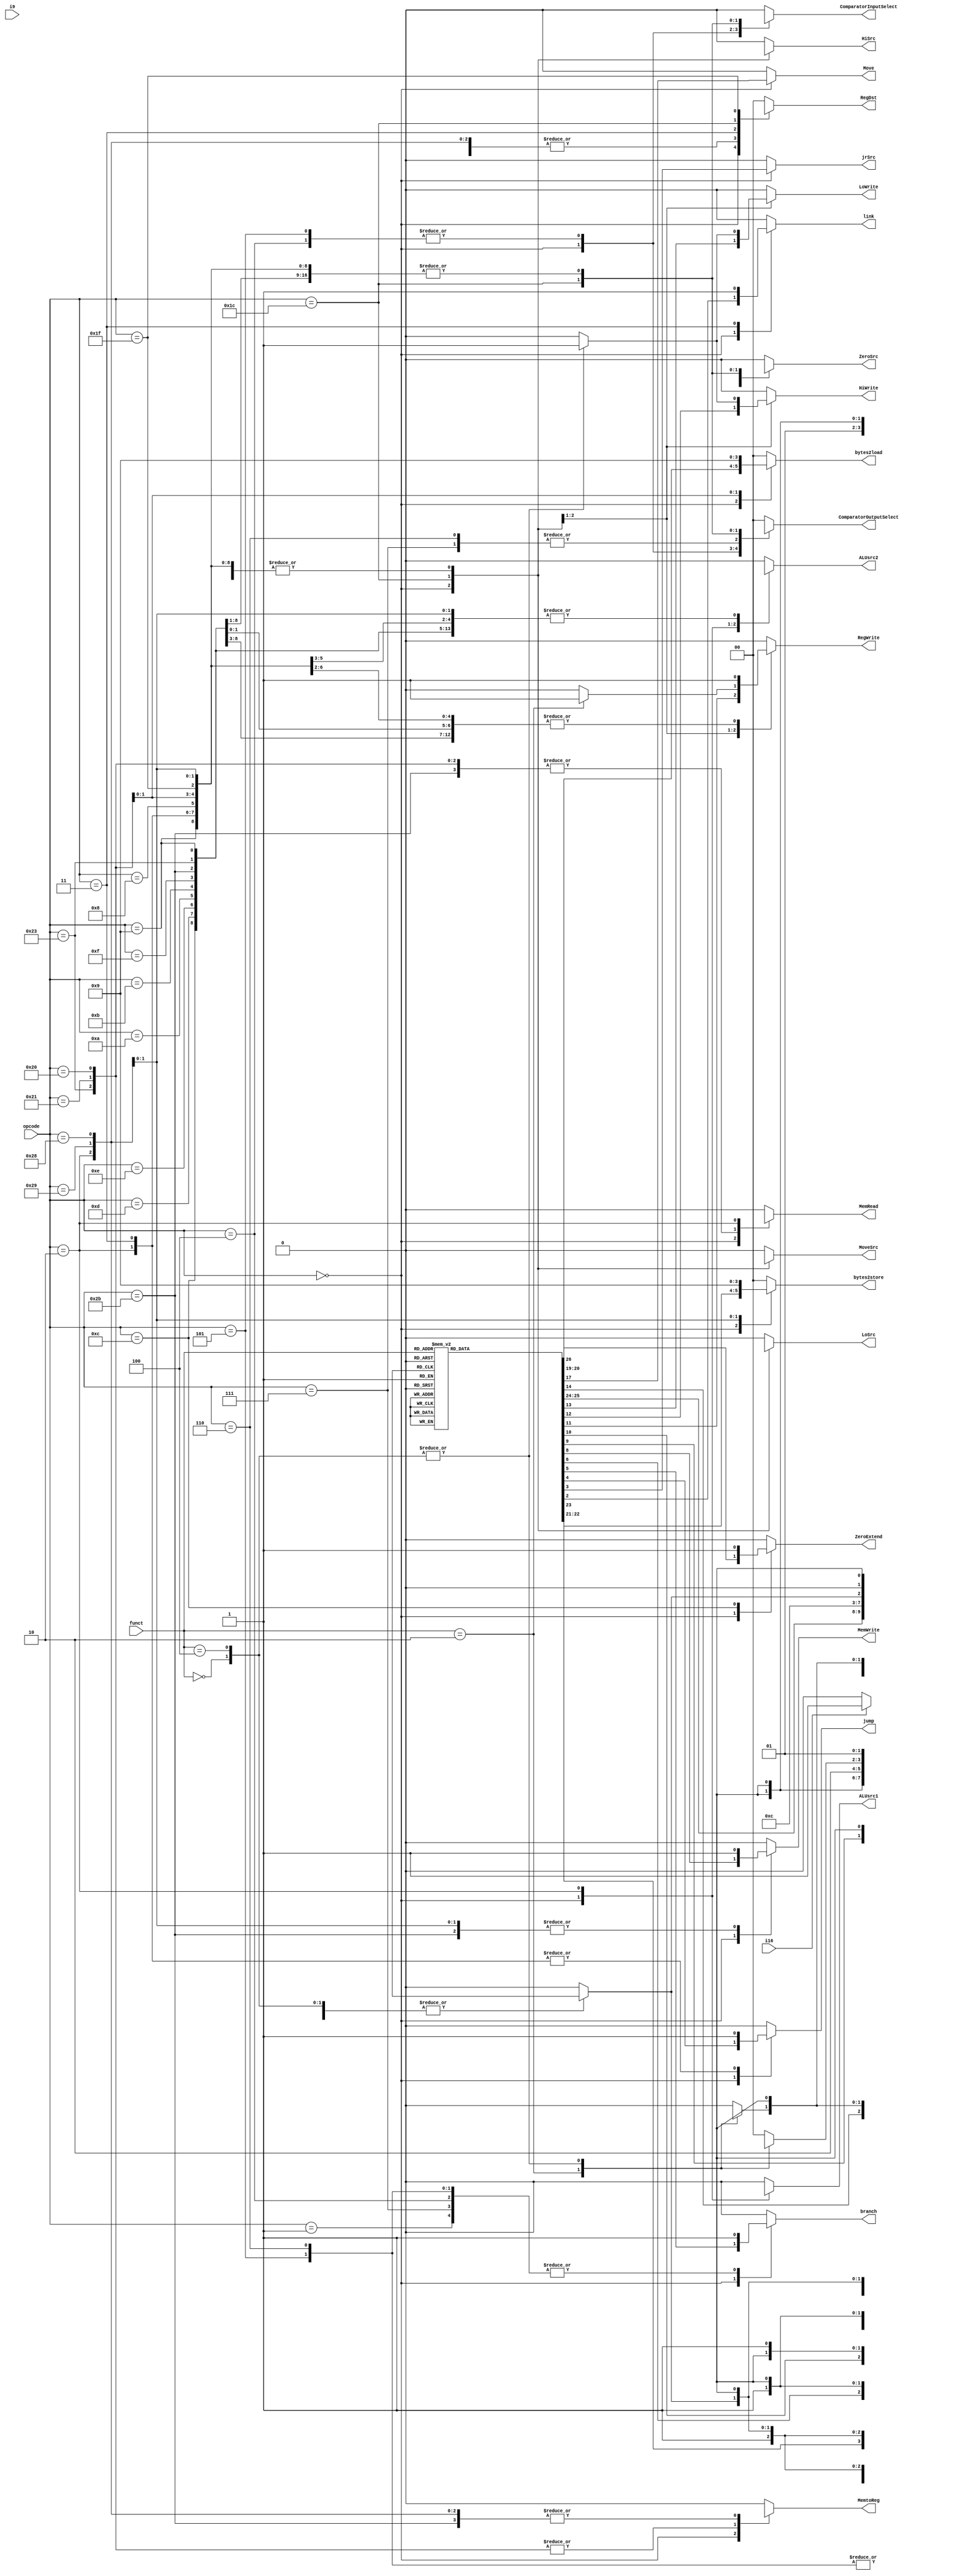
`timescale 1ns / 1ps
//////////////////////////////////////////////////////////////////////////////////
// Company: begin 
// 
// Design Name: begin 
// Module Name: begin Controller
// Project Name: begin 
// Target Devices: begin 
// Tool Versions: begin 
// Description: begin 
// 
// Dependencies: begin 
// 
// Revision: begin
// Revision 0.01 - File Created
// Additional Comments: begin
// 
//////////////////////////////////////////////////////////////////////////////////


module Controller(opcode, funct, i16,
RegDst,	link, jrSrc, 
jump, branch, MemRead, 
MemtoReg, MemWrite, ALUsrc1, 
ALUsrc2, RegWrite,	
HiWrite, LoWrite, HiSrc,
LoSrc,	ZeroSrc, Move,	
MoveSrc, bytes2load, bytes2store,
i9,
ComparatorInputSelect, ComparatorOutputSelect, //Added for phase 1
ZeroExtend //To choose between ZeroExtend and Signextend
);
    //Inputs
    input [5:0] opcode, funct;
    input i16;
    input i9;
    output reg link, jrSrc, 
    jump, branch, MemRead, 
    MemtoReg, MemWrite, ALUsrc1, 
    ALUsrc2, RegWrite,	
    HiWrite, LoWrite, HiSrc,
    LoSrc,	ZeroSrc, Move,	
    MoveSrc;
    output reg [1:0] RegDst, bytes2load, bytes2store;
    //Phase 1
    output reg ComparatorInputSelect;
    output reg [1:0] ComparatorOutputSelect;
    output reg ZeroExtend;
    
    always @(*)begin
    case (opcode)
        //R type instructions
        0: begin
        case (funct)
            
            6'd36: begin 
            RegDst <= 2'd1;	link <= 1'd0; jrSrc <= 1'b0; 
            jump <= 1'b0; branch <= 1'b0; MemRead <=1'b0; 
            MemtoReg<= 1'b0; MemWrite<= 1'b0; ALUsrc1 <= 1'b0; 
            ALUsrc2 <= 1'b0; RegWrite <=1'b1;	
            HiWrite <= 1'b0; LoWrite <= 1'b0; HiSrc <= 1'bX;
            LoSrc <= 1'bX;	ZeroSrc <= 1'bX; Move<= 1'b0;	
            MoveSrc<=1'bX; bytes2load <= 2'd0; bytes2store<= 2'd0;
            ComparatorInputSelect <= 1'bX; ComparatorOutputSelect <= 1'bX;
            ZeroExtend <= 0;
            end
        
            6'd37: begin 
            RegDst <= 2'd1;	link <= 1'd0; jrSrc <= 1'b0; 
            jump <= 1'b0; branch <= 1'b0; MemRead <=1'b0; 
            MemtoReg<= 1'b0; MemWrite<= 1'b0; ALUsrc1 <= 1'b0; 
            ALUsrc2 <= 1'b0; RegWrite <=1'b1;	
            HiWrite <= 1'b0; LoWrite <= 1'b0; HiSrc <= 1'bX;
            LoSrc <= 1'bX;	ZeroSrc <= 1'bX; Move<= 1'b0;	
            MoveSrc<=1'bX; bytes2load <= 2'd0; bytes2store<= 2'd0;
            ComparatorInputSelect <= 1'bX; ComparatorOutputSelect <= 1'bX;
            ZeroExtend <= 0;
            end
        
            6'd39: begin 
            RegDst <= 2'd1;	link <= 1'd0; jrSrc <= 1'b0; 
            jump <= 1'b0; branch <= 1'b0; MemRead <=1'b0; 
            MemtoReg<= 1'b0; MemWrite<= 1'b0; ALUsrc1 <= 1'b0; 
            ALUsrc2 <= 1'b0; RegWrite <=1'b1;	
            HiWrite <= 1'b0; LoWrite <= 1'b0; HiSrc <= 1'bX;
            LoSrc <= 1'bX;	ZeroSrc <= 1'bX; Move<= 1'b0;	
            MoveSrc<=1'bX; bytes2load <= 2'd0; bytes2store<= 2'd0;
            ComparatorInputSelect <= 1'bX; ComparatorOutputSelect <= 1'bX;
            ZeroExtend <= 0;
            end
        
            6'd38: begin 
            RegDst <= 2'd1;	link <= 1'd0; jrSrc <= 1'b0; 
            jump <= 1'b0; branch <= 1'b0; MemRead <=1'b0; 
            MemtoReg<= 1'b0; MemWrite<= 1'b0; ALUsrc1 <= 1'b0; 
            ALUsrc2 <= 1'b0; RegWrite <=1'b1;	
            HiWrite <= 1'b0; LoWrite <= 1'b0; HiSrc <= 1'bX;
            LoSrc <= 1'bX;	ZeroSrc <= 1'bX; Move<= 1'b0;	
            MoveSrc<=1'bX; bytes2load <= 2'd0; bytes2store<= 2'd0;
            ComparatorInputSelect <= 1'bX; ComparatorOutputSelect <= 1'bX;
            ZeroExtend <= 0;
            end
        
            6'd0: begin 
            RegDst <= 2'd1;	link <= 1'd0; jrSrc <= 1'b0; 
            jump <= 1'b0; branch <= 1'b0; MemRead <=1'b0; 
            MemtoReg<= 1'b0; MemWrite<= 1'b0; ALUsrc1 <= 1'b1; 
            ALUsrc2 <= 1'b0; RegWrite <=1'b1;	
            HiWrite <= 1'b0; LoWrite <= 1'b0; HiSrc <= 1'bX;
            LoSrc <= 1'bX;	ZeroSrc <= 1'bX; Move<= 1'b0;	
            MoveSrc<=1'bX; bytes2load <= 2'd0; bytes2store<= 2'd0;
            ComparatorInputSelect <= 1'bX; ComparatorOutputSelect <= 1'bX;
            ZeroExtend <= 0;
            end
        
            6'd2: begin 
            RegDst <= 2'd1;	link <= 1'd0; jrSrc <= 1'b0; 
            jump <= 1'b0; branch <= 1'b0; MemRead <=1'b0; 
            MemtoReg<= 1'b0; MemWrite<= 1'b0; ALUsrc1 <= 1'b1; 
            ALUsrc2 <= 1'b0; RegWrite <=1'b1;	
            HiWrite <= 1'b0; LoWrite <= 1'b0; HiSrc <= 1'bX;
            LoSrc <= 1'bX;	ZeroSrc <= 1'bX; Move<= 1'b0;	
            MoveSrc<=1'bX; bytes2load <= 2'd0; bytes2store<= 2'd0;
            ComparatorInputSelect <= 1'bX; ComparatorOutputSelect <= 1'bX;
            ZeroExtend <= 0;
            end
        
            6'd4: begin 
            RegDst <= 2'd1;	link <= 1'd0; jrSrc <= 1'b0; 
            jump <= 1'b0; branch <= 1'b0; MemRead <=1'b0; 
            MemtoReg<= 1'b0; MemWrite<= 1'b0; ALUsrc1 <= 1'b0; 
            ALUsrc2 <= 1'b0; RegWrite <=1'b1;	
            HiWrite <= 1'b0; LoWrite <= 1'b0; HiSrc <= 1'bX;
            LoSrc <= 1'bX;	ZeroSrc <= 1'bX; Move<= 1'b0;	
            MoveSrc<=1'bX; bytes2load <= 2'd0; bytes2store<= 2'd0;
            ComparatorInputSelect <= 1'bX; ComparatorOutputSelect <= 1'bX;
            ZeroExtend <= 0;
            end
        
            6'd6: begin 
            RegDst <= 2'd1;	link <= 1'd0; jrSrc <= 1'b0; 
            jump <= 1'b0; branch <= 1'b0; MemRead <=1'b0; 
            MemtoReg<= 1'b0; MemWrite<= 1'b0; ALUsrc1 <= 1'b0; 
            ALUsrc2 <= 1'b0; RegWrite <=1'b1;	
            HiWrite <= 1'b0; LoWrite <= 1'b0; HiSrc <= 1'bX;
            LoSrc <= 1'bX;	ZeroSrc <= 1'bX; Move<= 1'b0;	
            MoveSrc<=1'bX; bytes2load <= 2'd0; bytes2store<= 2'd0;
            ComparatorInputSelect <= 1'bX; ComparatorOutputSelect <= 1'bX;
            ZeroExtend <= 0;
            end
        
            6'd42: begin 
            RegDst <= 2'd1;	link <= 1'd0; jrSrc <= 1'b0; 
            jump <= 1'b0; branch <= 1'b0; MemRead <=1'b0; 
            MemtoReg<= 1'b0; MemWrite<= 1'b0; ALUsrc1 <= 1'b0; 
            ALUsrc2 <= 1'b0; RegWrite <=1'b1;	
            HiWrite <= 1'b0; LoWrite <= 1'b0; HiSrc <= 1'bX;
            LoSrc <= 1'bX;	ZeroSrc <= 1'bX; Move<= 1'b0;	
            MoveSrc<=1'bX; bytes2load <= 2'd0; bytes2store<= 2'd0;
            ComparatorInputSelect <= 1'bX; ComparatorOutputSelect <= 1'bX;
            ZeroExtend <= 0;
            end
        
            6'd43: begin 
            RegDst <= 2'd1;	link <= 1'd0; jrSrc <= 1'b0; 
            jump <= 1'b0; branch <= 1'b0; MemRead <=1'b0; 
            MemtoReg<= 1'b0; MemWrite<= 1'b0; ALUsrc1 <= 1'b0; 
            ALUsrc2 <= 1'b0; RegWrite <=1'b1;	
            HiWrite <= 1'b0; LoWrite <= 1'b0; HiSrc <= 1'bX;
            LoSrc <= 1'bX;	ZeroSrc <= 1'bX; Move<= 1'b0;	
            MoveSrc<=1'bX; bytes2load <= 2'd0; bytes2store<= 2'd0;
            ComparatorInputSelect <= 1'bX; ComparatorOutputSelect <= 1'bX;
            ZeroExtend <= 0;
            end
        
            6'd3: begin 
            RegDst <= 2'd1;	link <= 1'd0; jrSrc <= 1'b0; 
            jump <= 1'b0; branch <= 1'b0; MemRead <=1'b0; 
            MemtoReg<= 1'b0; MemWrite<= 1'b0; ALUsrc1 <= 1'b1; 
            ALUsrc2 <= 1'b0; RegWrite <=1'b1;	
            HiWrite <= 1'b0; LoWrite <= 1'b0; HiSrc <= 1'bX;
            LoSrc <= 1'bX;	ZeroSrc <= 1'bX; Move<= 1'b0;	
            MoveSrc<=1'bX; bytes2load <= 2'd0; bytes2store<= 2'd0;
            ComparatorInputSelect <= 1'bX; ComparatorOutputSelect <= 1'bX;
            ZeroExtend <= 0;
            end
        
            6'd7: begin 
            RegDst <= 2'd1;	link <= 1'd0; jrSrc <= 1'b0; 
            jump <= 1'b0; branch <= 1'b0; MemRead <=1'b0; 
            MemtoReg<= 1'b0; MemWrite<= 1'b0; ALUsrc1 <= 1'b0; 
            ALUsrc2 <= 1'b0; RegWrite <=1'b1;	
            HiWrite <= 1'b0; LoWrite <= 1'b0; HiSrc <= 1'bX;
            LoSrc <= 1'bX;	ZeroSrc <= 1'bX; Move<= 1'b0;	
            MoveSrc<=1'bX; bytes2load <= 2'd0; bytes2store<= 2'd0;
            ComparatorInputSelect <= 1'bX; ComparatorOutputSelect <= 1'bX;
            ZeroExtend <= 0;
            end
        
            6'd32: begin 
            RegDst <= 2'd1;	link <= 1'd0; jrSrc <= 1'b0; 
            jump <= 1'b0; branch <= 1'b0; MemRead <=1'b0; 
            MemtoReg<= 1'b0; MemWrite<= 1'b0; ALUsrc1 <= 1'b0; 
            ALUsrc2 <= 1'b0; RegWrite <=1'b1;	
            HiWrite <= 1'b0; LoWrite <= 1'b0; HiSrc <= 1'bX;
            LoSrc <= 1'bX;	ZeroSrc <= 1'bX; Move<= 1'b0;	
            MoveSrc<=1'bX; bytes2load <= 2'd0; bytes2store<= 2'd0;
            ComparatorInputSelect <= 1'bX; ComparatorOutputSelect <= 1'bX;
            ZeroExtend <= 0;
            end
        
            6'd33: begin 
            RegDst <= 2'd1;	link <= 1'd0; jrSrc <= 1'b0; 
            jump <= 1'b0; branch <= 1'b0; MemRead <=1'b0; 
            MemtoReg<= 1'b0; MemWrite<= 1'b0; ALUsrc1 <= 1'b0; 
            ALUsrc2 <= 1'b0; RegWrite <=1'b1;	
            HiWrite <= 1'b0; LoWrite <= 1'b0; HiSrc <= 1'bX;
            LoSrc <= 1'bX;	ZeroSrc <= 1'bX; Move<= 1'b0;	
            MoveSrc<=1'bX; bytes2load <= 2'd0; bytes2store<= 2'd0;
            ComparatorInputSelect <= 1'bX; ComparatorOutputSelect <= 1'bX;
            ZeroExtend <= 0;
            end
        
            6'd34: begin 
            RegDst <= 2'd1;	link <= 1'd0; jrSrc <= 1'b0; 
            jump <= 1'b0; branch <= 1'b0; MemRead <=1'b0; 
            MemtoReg<= 1'b0; MemWrite<= 1'b0; ALUsrc1 <= 1'b0; 
            ALUsrc2 <= 1'b0; RegWrite <=1'b1;	
            HiWrite <= 1'b0; LoWrite <= 1'b0; HiSrc <= 1'bX;
            LoSrc <= 1'bX;	ZeroSrc <= 1'bX; Move<= 1'b0;	
            MoveSrc<=1'bX; bytes2load <= 2'd0; bytes2store<= 2'd0;
            ComparatorInputSelect <= 1'bX; ComparatorOutputSelect <= 1'bX;
            ZeroExtend <= 0;
            end
        
            6'd11: begin 
            RegDst <= 2'd1;	link <= 1'd0; jrSrc <= 1'b0; 
            jump <= 1'b0; branch <= 1'b0; MemRead <=1'b0; 
            MemtoReg<= 1'b0; MemWrite<= 1'b0; ALUsrc1 <= 1'b0; 
            ALUsrc2 <= 1'b0; RegWrite <=1'b0;	
            HiWrite <= 1'b0; LoWrite <= 1'b0; HiSrc <= 1'bX;
            LoSrc <= 1'bX;	ZeroSrc <= 1'bX; Move<= 1'b1;	
            MoveSrc<=1'b1; bytes2load <= 2'd0; bytes2store<= 2'd0;
            ComparatorInputSelect <= 1'bX; ComparatorOutputSelect <= 1'bX;
            ZeroExtend <= 0;
            end
        
            6'd17: begin 
            RegDst <= 2'dX;	link <= 1'd0; jrSrc <= 1'b0; 
            jump <= 1'b0; branch <= 1'b0; MemRead <=1'b0; 
            MemtoReg<= 1'b0; MemWrite<= 1'b0; ALUsrc1 <= 1'b0; 
            ALUsrc2 <= 1'b0; RegWrite <=1'b0;	
            HiWrite <= 1'b1; LoWrite <= 1'b0; HiSrc <= 1'b0;
            LoSrc <= 1'bX;	ZeroSrc <= 1'bX; Move<= 1'b0;	
            MoveSrc<=1'bX; bytes2load <= 2'd0; bytes2store<= 2'd0;
            ComparatorInputSelect <= 1'bX; ComparatorOutputSelect <= 1'bX;
            ZeroExtend <= 0;
            end
        
            6'd19: begin 
            RegDst <= 2'dX;	link <= 1'd0; jrSrc <= 1'b0; 
            jump <= 1'b0; branch <= 1'b0; MemRead <=1'b0; 
            MemtoReg<= 1'b0; MemWrite<= 1'b0; ALUsrc1 <= 1'b0; 
            ALUsrc2 <= 1'b0; RegWrite <=1'b0;	
            HiWrite <= 1'b0; LoWrite <= 1'b1; HiSrc <= 1'bX;
            LoSrc <= 1'b0;	ZeroSrc <= 1'bX; Move<= 1'b0;	
            MoveSrc<=1'bX; bytes2load <= 2'd0; bytes2store<= 2'd0;
            ComparatorInputSelect <= 1'bX; ComparatorOutputSelect <= 1'bX;
            ZeroExtend <= 0;
            end
        
            6'd16: begin 
            RegDst <= 2'd1;	link <= 1'd0; jrSrc <= 1'b0; 
            jump <= 1'b0; branch <= 1'b0; MemRead <=1'b0; 
            MemtoReg<= 1'b0; MemWrite<= 1'b0; ALUsrc1 <= 1'b0; 
            ALUsrc2 <= 1'b0; RegWrite <=1'b1;	
            HiWrite <= 1'b0; LoWrite <= 1'b0; HiSrc <= 1'bX;
            LoSrc <= 1'bX;	ZeroSrc <= 1'bX; Move<= 1'b0;	
            MoveSrc<=1'bX; bytes2load <= 2'd0; bytes2store<= 2'd0;
            ComparatorInputSelect <= 1'bX; ComparatorOutputSelect <= 1'bX;
            ZeroExtend <= 0;
            end
        
            6'd18: begin 
            RegDst <= 2'd1;	link <= 1'd0; jrSrc <= 1'b0; 
            jump <= 1'b0; branch <= 1'b0; MemRead <=1'b0; 
            MemtoReg<= 1'b0; MemWrite<= 1'b0; ALUsrc1 <= 1'b0; 
            ALUsrc2 <= 1'b0; RegWrite <=1'b1;	
            HiWrite <= 1'b0; LoWrite <= 1'b0; HiSrc <= 1'bX;
            LoSrc <= 1'bX;	ZeroSrc <= 1'bX; Move<= 1'b0;	
            MoveSrc<=1'bX; bytes2load <= 2'd0; bytes2store<= 2'd0;
            ComparatorInputSelect <= 1'bX; ComparatorOutputSelect <= 1'bX;
            ZeroExtend <= 0;
            end
        
            6'd10: begin 
            RegDst <= 2'd1;	link <= 1'd0; jrSrc <= 1'b0; 
            jump <= 1'b0; branch <= 1'b0; MemRead <=1'b0; 
            MemtoReg<= 1'b0; MemWrite<= 1'b0; ALUsrc1 <= 1'b0; 
            ALUsrc2 <= 1'b0; RegWrite <=1'b0;	
            HiWrite <= 1'b0; LoWrite <= 1'b0; HiSrc <= 1'bX;
            LoSrc <= 1'bX;	ZeroSrc <= 1'bX; Move<= 1'b1;	
            MoveSrc<=1'b0; bytes2load <= 2'd0; bytes2store<= 2'd0;
            ComparatorInputSelect <= 1'bX; ComparatorOutputSelect <= 1'bX;
            ZeroExtend <= 0;
            end
        
            6'd24: begin 
            RegDst <= 2'dX;	link <= 1'd0; jrSrc <= 1'b0; 
            jump <= 1'b0; branch <= 1'b0; MemRead <=1'b0; 
            MemtoReg<= 1'b0; MemWrite<= 1'b0; ALUsrc1 <= 1'b0; 
            ALUsrc2 <= 1'b0; RegWrite <=1'b0;	
            HiWrite <= 1'b1; LoWrite <= 1'b1; HiSrc <= 1'b1;
            LoSrc <= 1'b1;	ZeroSrc <= 1'bX; Move<= 1'b0;	
            MoveSrc<=1'bX; bytes2load <= 2'd0; bytes2store<= 2'd0;
            ComparatorInputSelect <= 1'bX; ComparatorOutputSelect <= 1'bX;
            ZeroExtend <= 0;
            end
        
            6'd25: begin 
            RegDst <= 2'dX;	link <= 1'd0; jrSrc <= 1'b0; 
            jump <= 1'b0; branch <= 1'b0; MemRead <=1'b0; 
            MemtoReg<= 1'b0; MemWrite<= 1'b0; ALUsrc1 <= 1'b0; 
            ALUsrc2 <= 1'b0; RegWrite <=1'b0;	
            HiWrite <= 1'b1; LoWrite <= 1'b1; HiSrc <= 1'b1;
            LoSrc <= 1'b1;	ZeroSrc <= 1'bX; Move<= 1'b0;	
            MoveSrc<=1'bX; bytes2load <= 2'd0; bytes2store<= 2'd0;
            ComparatorInputSelect <= 1'bX; ComparatorOutputSelect <= 1'bX;
            ZeroExtend <= 0;
            end
        
            6'd8: begin 
            RegDst <= 2'dX;	link <= 1'd0; jrSrc <= 1'b1; 
            jump <= 1'b0; branch <= 1'b0; MemRead <=1'b0; 
            MemtoReg<= 1'b0; MemWrite<= 1'b0; ALUsrc1 <= 1'b0; 
            ALUsrc2 <= 1'b0; RegWrite <=1'b0;	
            HiWrite <= 1'b0; LoWrite <= 1'b0; HiSrc <= 1'bX;
            LoSrc <= 1'bX;	ZeroSrc <= 1'bX; Move<= 1'b0;	
            MoveSrc<=1'bX; bytes2load <= 2'd0; bytes2store<= 2'd0;
            ComparatorInputSelect <= 1'bX; ComparatorOutputSelect <= 1'bX;
            ZeroExtend <= 0;
            end
        
            6'd6: begin 
            RegDst <= 2'd1;	link <= 1'd0; jrSrc <= 1'b0; 
            jump <= 1'b0; branch <= 1'b0; MemRead <=1'b0; 
            MemtoReg<= 1'b0; MemWrite<= 1'b0; ALUsrc1 <= 1'b0; 
            ALUsrc2 <= 1'b0; RegWrite <=1'b1;	
            HiWrite <= 1'b0; LoWrite <= 1'b0; HiSrc <= 1'bX;
            LoSrc <= 1'bX;	ZeroSrc <= 1'bX; Move<= 1'b0;	
            MoveSrc<=1'bX; bytes2load <= 2'd0; bytes2store<= 2'd0;
            ComparatorInputSelect <= 1'bX; ComparatorOutputSelect <= 1'bX;
            ZeroExtend <= 0;
            end
        
            6'd2: begin 
            RegDst <= 2'd1;	link <= 1'd0; jrSrc <= 1'b0; 
            jump <= 1'b0; branch <= 1'b0; MemRead <=1'b0; 
            MemtoReg<= 1'b0; MemWrite<= 1'b0; ALUsrc1 <= 1'b1; 
            ALUsrc2 <= 1'b0; RegWrite <=1'b1;	
            HiWrite <= 1'b0; LoWrite <= 1'b0; HiSrc <= 1'bx;
            LoSrc <= 1'bX;	ZeroSrc <= 1'bX; Move<= 1'b0;	
            MoveSrc<=1'bX; bytes2load <= 2'd0; bytes2store<= 2'd0;
            ComparatorInputSelect <= 1'bX; ComparatorOutputSelect <= 1'bX;
            ZeroExtend <= 0;
            end
            
            default: begin
            RegDst <= 2'd0;	link <= 1'd0; jrSrc <= 1'b0; 
            jump <= 1'b0; branch <= 1'b0; MemRead <=1'b0; 
            MemtoReg<= 1'b0; MemWrite<= 1'b0; ALUsrc1 <= 1'b0; 
            ALUsrc2 <= 1'b0; RegWrite <=1'b0;	
            HiWrite <= 1'b0; LoWrite <= 1'b0; HiSrc <= 1'b0;
            LoSrc <= 1'b0;	ZeroSrc <= 1'b0; Move<= 1'b0;	
            MoveSrc<=1'b0; bytes2load <= 2'd0; bytes2store<= 2'd0;
            ComparatorInputSelect <= 1'b0; ComparatorOutputSelect <= 1'b0;
            ZeroExtend <= 0;
            end
  
        endcase
        end
        
        //Most of I and J type instructions
        6'd12: begin 
        RegDst <= 2'd0;	link <= 1'd0; jrSrc <= 1'b0; 
        jump <= 1'b0; branch <= 1'b0; MemRead <=1'b0; 
        MemtoReg<= 1'b0; MemWrite<= 1'b0; ALUsrc1 <= 1'b0; 
        ALUsrc2 <= 1'b1; RegWrite <=1'b1;	
        HiWrite <= 1'b0; LoWrite <= 1'b0; HiSrc <= 1'bX;
        LoSrc <= 1'bX;	ZeroSrc <= 1'bX; Move<= 1'b0;	
        MoveSrc<=1'bX; bytes2load <= 2'd0; bytes2store<= 2'd0;
        ComparatorInputSelect <= 1'bX; ComparatorOutputSelect <= 1'bX;
        ZeroExtend <= 1;
        end
        
        6'd13: begin 
        RegDst <= 2'd0;	link <= 1'd0; jrSrc <= 1'b0; 
        jump <= 1'b0; branch <= 1'b0; MemRead <=1'b0; 
        MemtoReg<= 1'b0; MemWrite<= 1'b0; ALUsrc1 <= 1'b0; 
        ALUsrc2 <= 1'b1; RegWrite <=1'b1;	
        HiWrite <= 1'b0; LoWrite <= 1'b0; HiSrc <= 1'bX;
        LoSrc <= 1'bX;	ZeroSrc <= 1'bX; Move<= 1'b0;	
        MoveSrc<=1'bX; bytes2load <= 2'd0; bytes2store<= 2'd0;
        ComparatorInputSelect <= 1'bX; ComparatorOutputSelect <= 1'bX;
        ZeroExtend <= 0;
        end
        
        6'd14: begin 
        RegDst <= 2'd0;	link <= 1'd0; jrSrc <= 1'b0; 
        jump <= 1'b0; branch <= 1'b0; MemRead <=1'b0; 
        MemtoReg<= 1'b0; MemWrite<= 1'b0; ALUsrc1 <= 1'b0; 
        ALUsrc2 <= 1'b1; RegWrite <=1'b1;	
        HiWrite <= 1'b0; LoWrite <= 1'b0; HiSrc <= 1'bX;
        LoSrc <= 1'bX;	ZeroSrc <= 1'bX; Move<= 1'b0;	
        MoveSrc<=1'bX; bytes2load <= 2'd0; bytes2store<= 2'd0;
        ComparatorInputSelect <= 1'bX; ComparatorOutputSelect <= 1'bX;
        ZeroExtend <= 0;
        end
        
        6'd10: begin 
        RegDst <= 2'd0;	link <= 1'd0; jrSrc <= 1'b0; 
        jump <= 1'b0; branch <= 1'b0; MemRead <=1'b0; 
        MemtoReg<= 1'b0; MemWrite<= 1'b0; ALUsrc1 <= 1'b0; 
        ALUsrc2 <= 1'b1; RegWrite <=1'b1;	
        HiWrite <= 1'b0; LoWrite <= 1'b0; HiSrc <= 1'bX;
        LoSrc <= 1'bX;	ZeroSrc <= 1'bX; Move<= 1'b0;	
        MoveSrc<=1'bX; bytes2load <= 2'd0; bytes2store<= 2'd0;
        ComparatorInputSelect <= 1'bX; ComparatorOutputSelect <= 1'bX;
        ZeroExtend <= 0;
        end
        
        6'd11: begin 
        RegDst <= 2'd0;	link <= 1'd0; jrSrc <= 1'b0; 
        jump <= 1'b0; branch <= 1'b0; MemRead <=1'b0; 
        MemtoReg<= 1'b0; MemWrite<= 1'b0; ALUsrc1 <= 1'b0; 
        ALUsrc2 <= 1'b1; RegWrite <=1'b1;	
        HiWrite <= 1'b0; LoWrite <= 1'b0; HiSrc <= 1'bX;
        LoSrc <= 1'bX;	ZeroSrc <= 1'bX; Move<= 1'b0;	
        MoveSrc<=1'bX; bytes2load <= 2'd0; bytes2store<= 2'd0;
        ComparatorInputSelect <= 1'bX; ComparatorOutputSelect <= 1'bX;
        ZeroExtend <= 0;
        end
        
        6'd15: begin 
        RegDst <= 2'd0;	link <= 1'd0; jrSrc <= 1'b0; 
        jump <= 1'b0; branch <= 1'b0; MemRead <=1'b0; 
        MemtoReg<= 1'b0; MemWrite<= 1'b0; ALUsrc1 <= 1'b0; 
        ALUsrc2 <= 1'b1; RegWrite <=1'b1;	
        HiWrite <= 1'b0; LoWrite <= 1'b0; HiSrc <= 1'bX;
        LoSrc <= 1'bX;	ZeroSrc <= 1'bX; Move<= 1'b0;	
        MoveSrc<=1'bX; bytes2load <= 2'd0; bytes2store<= 2'd0;
        ComparatorInputSelect <= 1'bX; ComparatorOutputSelect <= 1'bX;
        ZeroExtend <= 0;
        end
        
        6'd43: begin 
        RegDst <= 2'dX;	link <= 1'd0; jrSrc <= 1'b0; 
        jump <= 1'b0; branch <= 1'b0; MemRead <=1'b1; 
        MemtoReg<= 1'bX; MemWrite<= 1'b1; ALUsrc1 <= 1'b0; 
        ALUsrc2 <= 1'b1; RegWrite <=1'b0;	
        HiWrite <= 1'b0; LoWrite <= 1'b0; HiSrc <= 1'bX;
        LoSrc <= 1'bX;	ZeroSrc <= 1'bX; Move<= 1'b0;	
        MoveSrc<=1'bX; bytes2load <= 2'd0; bytes2store<= 2'd0;
        ComparatorInputSelect <= 1'bX; ComparatorOutputSelect <= 1'bX;
        ZeroExtend <= 0;
        end
        
        6'd41: begin 
        RegDst <= 2'dX;	link <= 1'd0; jrSrc <= 1'b0; 
        jump <= 1'b0; branch <= 1'b0; MemRead <=1'b0; 
        MemtoReg<= 1'bx; MemWrite<= 1'b1; ALUsrc1 <= 1'b0; 
        ALUsrc2 <= 1'b1; RegWrite <=1'b0;	
        HiWrite <= 1'b0; LoWrite <= 1'b0; HiSrc <= 1'bX;
        LoSrc <= 1'bX;	ZeroSrc <= 1'bX; Move<= 1'b0;	
        MoveSrc<=1'bX; bytes2load <= 2'd0; bytes2store<= 2'd2;
        ComparatorInputSelect <= 1'bX; ComparatorOutputSelect <= 1'bX;
        ZeroExtend <= 0;
        end
        
        6'd40: begin 
        RegDst <= 2'dX;	link <= 1'd0; jrSrc <= 1'b0; 
        jump <= 1'b0; branch <= 1'b0; MemRead <=1'b0; 
        MemtoReg<= 1'bx; MemWrite<= 1'b1; ALUsrc1 <= 1'b0; 
        ALUsrc2 <= 1'b1; RegWrite <=1'b0;	
        HiWrite <= 1'b0; LoWrite <= 1'b0; HiSrc <= 1'bX;
        LoSrc <= 1'bX;	ZeroSrc <= 1'bX; Move<= 1'b0;	
        MoveSrc<=1'bX; bytes2load <= 2'd0; bytes2store<= 2'd1;
        ComparatorInputSelect <= 1'bX; ComparatorOutputSelect <= 1'bX;
        ZeroExtend <= 0;
        end
        
        6'd35: begin 
        RegDst <= 2'd0;	link <= 1'd0; jrSrc <= 1'b0; 
        jump <= 1'b0; branch <= 1'b0; MemRead <=1'b1; 
        MemtoReg<= 1'b1; MemWrite<= 1'b0; ALUsrc1 <= 1'b0; 
        ALUsrc2 <= 1'b1; RegWrite <=1'b1;	
        HiWrite <= 1'b0; LoWrite <= 1'b0; HiSrc <= 1'bX;
        LoSrc <= 1'bX;	ZeroSrc <= 1'bX; Move<= 1'b0;	
        MoveSrc<=1'bX; bytes2load <= 2'd0; bytes2store<= 2'd0;
        ComparatorInputSelect <= 1'bX; ComparatorOutputSelect <= 1'bX;
        ZeroExtend <= 0;
        end
        
        6'd33: begin 
        RegDst <= 2'd0;	link <= 1'd0; jrSrc <= 1'b0; 
        jump <= 1'b0; branch <= 1'b0; MemRead <=1'b1; 
        MemtoReg<= 1'b1; MemWrite<= 1'b0; ALUsrc1 <= 1'b0; 
        ALUsrc2 <= 1'b1; RegWrite <=1'b1;	
        HiWrite <= 1'b0; LoWrite <= 1'b0; HiSrc <= 1'bX;
        LoSrc <= 1'bX;	ZeroSrc <= 1'bX; Move<= 1'b0;	
        MoveSrc<=1'bX; bytes2load <= 2'd2; bytes2store<= 2'd0;
        ComparatorInputSelect <= 1'bX; ComparatorOutputSelect <= 1'bX;
        ZeroExtend <= 0;
        end
        
        6'd32: begin 
        RegDst <= 2'd0;	link <= 1'd0; jrSrc <= 1'b0; 
        jump <= 1'b0; branch <= 1'b0; MemRead <=1'b1; 
        MemtoReg<= 1'b1; MemWrite<= 1'b0; ALUsrc1 <= 1'b0; 
        ALUsrc2 <= 1'b1; RegWrite <=1'b1;	
        HiWrite <= 1'b0; LoWrite <= 1'b0; HiSrc <= 1'bX;
        LoSrc <= 1'bX;	ZeroSrc <= 1'bX; Move<= 1'b0;	
        MoveSrc<=1'bX; bytes2load <= 2'd1; bytes2store<= 2'd0;
        ComparatorInputSelect <= 1'bX; ComparatorOutputSelect <= 1'bX;
        ZeroExtend <= 0;
        end
        
        6'd1: begin
            if(i16 == 1)begin
            RegDst <= 2'dX;	link <= 1'd0; jrSrc <= 1'b0; 
            jump <= 1'b0; branch <= 1'b1; MemRead <=1'b0; 
            MemtoReg<= 1'b0; MemWrite<= 1'b0; ALUsrc1 <= 1'b0; 
            ALUsrc2 <= 1'b0; RegWrite <=1'b0;	
            HiWrite <= 1'b0; LoWrite <= 1'b0; HiSrc <= 1'bX;
            LoSrc <= 1'bX;	ZeroSrc <= 1'b1; Move<= 1'b0;	
            MoveSrc<=1'bX; bytes2load <= 2'd0; bytes2store<= 2'd0;
            ComparatorInputSelect <= 0; ComparatorOutputSelect <= 0;
            ZeroExtend <= 0;
            end 
            else begin
            RegDst <= 2'dX;	link <= 1'd0; jrSrc <= 1'b0; 
            jump <= 1'b0; branch <= 1'b1; MemRead <=1'b0; 
            MemtoReg<= 1'b0; MemWrite<= 1'b0; ALUsrc1 <= 1'b0; 
            ALUsrc2 <= 1'b0; RegWrite <=1'b0;	
            HiWrite <= 1'b0; LoWrite <= 1'b0; HiSrc <= 1'bX;
            LoSrc <= 1'bX;	ZeroSrc <= 1'b0; Move<= 1'b0;	
            MoveSrc<=1'bX; bytes2load <= 2'd0; bytes2store<= 2'd0;
            ComparatorInputSelect <= 0; ComparatorOutputSelect <= 0;
            ZeroExtend <= 0;
            end
        end
        
        6'd7: begin 
        RegDst <= 2'dX;	link <= 1'd0; jrSrc <= 1'b0; 
        jump <= 1'b0; branch <= 1'b1; MemRead <=1'b0; 
        MemtoReg<= 1'b0; MemWrite<= 1'b0; ALUsrc1 <= 1'b0; 
        ALUsrc2 <= 1'b0; RegWrite <=1'b0;	
        HiWrite <= 1'b0; LoWrite <= 1'b0; HiSrc <= 1'bX;
        LoSrc <= 1'bX;	ZeroSrc <= 1'b0; Move<= 1'b0;	
        MoveSrc<=1'bX; bytes2load <= 2'd0; bytes2store<= 2'd0;
        ComparatorInputSelect <= 0; ComparatorOutputSelect <= 2'd2;
        ZeroExtend <= 0;
        end
        
        6'd4: begin 
        RegDst <= 2'dX;	link <= 1'd0; jrSrc <= 1'b0; 
        jump <= 1'b0; branch <= 1'b1; MemRead <=1'b0; 
        MemtoReg<= 1'b0; MemWrite<= 1'b0; ALUsrc1 <= 1'b0; 
        ALUsrc2 <= 1'b0; RegWrite <=1'b0;	
        HiWrite <= 1'b0; LoWrite <= 1'b0; HiSrc <= 1'bX;
        LoSrc <= 1'bX;	ZeroSrc <= 1'b0; Move<= 1'b0;	
        MoveSrc<=1'bX; bytes2load <= 2'd0; bytes2store<= 2'd0;
        ComparatorInputSelect <= 1; ComparatorOutputSelect <= 2'd1;
        ZeroExtend <= 0;
        end
        
        6'd5: begin 
        RegDst <= 2'dX;	link <= 1'd0; jrSrc <= 1'b0; 
        jump <= 1'b0; branch <= 1'b1; MemRead <=1'b0; 
        MemtoReg<= 1'b0; MemWrite<= 1'b0; ALUsrc1 <= 1'b0; 
        ALUsrc2 <= 1'b0; RegWrite <=1'b0;	
        HiWrite <= 1'b0; LoWrite <= 1'b0; HiSrc <= 1'bX;
        LoSrc <= 1'bX;	ZeroSrc <= 1'b1; Move<= 1'b0;	
        MoveSrc<=1'bX; bytes2load <= 2'd0; bytes2store<= 2'd0;
        ComparatorInputSelect <= 1; ComparatorOutputSelect <= 2'd1;
        ZeroExtend <= 0;
        end
        
        6'd6: begin 
        RegDst <= 2'dX;	link <= 1'd0; jrSrc <= 1'b0; 
        jump <= 1'b0; branch <= 1'b1; MemRead <=1'b0; 
        MemtoReg<= 1'b0; MemWrite<= 1'b0; ALUsrc1 <= 1'b0; 
        ALUsrc2 <= 1'b0; RegWrite <=1'b0;	
        HiWrite <= 1'b0; LoWrite <= 1'b0; HiSrc <= 1'bX;
        LoSrc <= 1'bX;	ZeroSrc <= 1'b1; Move<= 1'b0;	
        MoveSrc<=1'bX; bytes2load <= 2'd0; bytes2store<= 2'd0;
        ComparatorInputSelect <= 0; ComparatorOutputSelect <= 2'd2;
        ZeroExtend <= 0;
        end
        
        6'd9: begin 
        RegDst <= 2'd0;	link <= 1'd0; jrSrc <= 1'b0; 
        jump <= 1'b0; branch <= 1'b0; MemRead <=1'b0; 
        MemtoReg<= 1'b0; MemWrite<= 1'b0; ALUsrc1 <= 1'b0; 
        ALUsrc2 <= 1'b1; RegWrite <=1'b1;	
        HiWrite <= 1'b0; LoWrite <= 1'b0; HiSrc <= 1'bX;
        LoSrc <= 1'bX;	ZeroSrc <= 1'bX; Move<= 1'b0;	
        MoveSrc<=1'bX; bytes2load <= 2'd0; bytes2store<= 2'd0;
        ComparatorInputSelect <= 1'bX; ComparatorOutputSelect <= 1'bX;
        ZeroExtend <= 0;
        end
        
        6'd2: begin 
        RegDst <= 2'dX;	link <= 1'd0; jrSrc <= 1'b0; 
        jump <= 1'b1; branch <= 1'b0; MemRead <=1'bX; 
        MemtoReg<= 1'bX; MemWrite<= 1'b0; ALUsrc1 <= 1'bX; 
        ALUsrc2 <= 1'bX; RegWrite <=1'b0;	
        HiWrite <= 1'b0; LoWrite <= 1'b0; HiSrc <= 1'bX;
        LoSrc <= 1'bX;	ZeroSrc <= 1'bx; Move<= 1'b0;	
        MoveSrc<=1'bX; bytes2load <= 2'd0; bytes2store<= 2'd0;
        ComparatorInputSelect <= 1'bX; ComparatorOutputSelect <= 1'bX;
        ZeroExtend <= 0;
        end
        
        6'd3: begin 
        RegDst <= 2'd2;	link <= 1'd1; jrSrc <= 1'b0; 
        jump <= 1'b1; branch <= 1'b0; MemRead <=1'b0; 
        MemtoReg<= 1'b0; MemWrite<= 1'b0; ALUsrc1 <= 1'b0; 
        ALUsrc2 <= 1'b0; RegWrite <=1'b1;	
        HiWrite <= 1'b0; LoWrite <= 1'b0; HiSrc <= 1'bX;
        LoSrc <= 1'bX;	ZeroSrc <= 1'bX; Move<= 1'b0;	
        MoveSrc<=1'bX; bytes2load <= 2'd0; bytes2store<= 2'd0;
        ComparatorInputSelect <= 1'bX; ComparatorOutputSelect <= 1'bX;
        ZeroExtend <= 0;
        end
        
        6'd8: begin 
        RegDst <= 2'd0;	link <= 1'd0; jrSrc <= 1'b0; 
        jump <= 1'b0; branch <= 1'b0; MemRead <=1'b0; 
        MemtoReg<= 1'b0; MemWrite<= 1'b0; ALUsrc1 <= 1'b0; 
        ALUsrc2 <= 1'b1; RegWrite <=1'b1;	
        HiWrite <= 1'b0; LoWrite <= 1'b0; HiSrc <= 1'bX;
        LoSrc <= 1'bX;	ZeroSrc <= 1'bX; Move<= 1'b0;	
        MoveSrc<=1'bX; bytes2load <= 2'd0; bytes2store<= 2'd0;
        ComparatorInputSelect <= 1'bX; ComparatorOutputSelect <= 1'bX;
        ZeroExtend <= 0;
        end
        
        6'd28: begin
            case(funct)
                6'd2: begin 
                RegDst <= 2'd1;	link <= 1'd0; jrSrc <= 1'b0; 
                jump <= 1'b0; branch <= 1'b0; MemRead <=1'b0; 
                MemtoReg<= 1'b0; MemWrite<= 1'b0; ALUsrc1 <= 1'b0; 
                ALUsrc2 <= 1'b0; RegWrite <=1'b1;	
                HiWrite <= 1'b0; LoWrite <= 1'b0; HiSrc <= 1'bX;
                LoSrc <= 1'bX;	ZeroSrc <= 1'bX; Move<= 1'b0;	
                MoveSrc<=1'bX; bytes2load <= 2'd0; bytes2store<= 2'd0;
                ComparatorInputSelect <= 1'bX; ComparatorOutputSelect <= 1'bX;
                ZeroExtend <= 0;
                end
            
                6'd0: begin 
                RegDst <= 2'dX;	link <= 1'd0; jrSrc <= 1'b0; 
                jump <= 1'b0; branch <= 1'b0; MemRead <=1'b0; 
                MemtoReg<= 1'b0; MemWrite<= 1'b0; ALUsrc1 <= 1'b0; 
                ALUsrc2 <= 1'b0; RegWrite <=1'b0;	
                HiWrite <= 1'b1; LoWrite <= 1'b1; HiSrc <= 1'b1;
                LoSrc <= 1'b1;	ZeroSrc <= 1'bX; Move<= 1'b0;	
                MoveSrc<=1'bX; bytes2load <= 2'd0; bytes2store<= 2'd0;
                ComparatorInputSelect <= 1'bX; ComparatorOutputSelect <= 1'bX;
                ZeroExtend <= 0;
                end
            
                6'd4: begin 
                RegDst <= 2'dX;	link <= 1'd0; jrSrc <= 1'b0; 
                jump <= 1'b0; branch <= 1'b0; MemRead <=1'b0; 
                MemtoReg<= 1'b0; MemWrite<= 1'b0; ALUsrc1 <= 1'b0; 
                ALUsrc2 <= 1'b0; RegWrite <=1'b0;	
                HiWrite <= 1'b1; LoWrite <= 1'b1; HiSrc <= 1'b1;
                LoSrc <= 1'b1;	ZeroSrc <= 1'bX; Move<= 1'b0;	
                MoveSrc<=1'bX; bytes2load <= 2'd0; bytes2store<= 2'd0;
                ComparatorInputSelect <= 1'bX; ComparatorOutputSelect <= 1'bX;
                ZeroExtend <= 0;
            end
            
            default: begin
            RegDst <= 2'd0;	link <= 1'd0; jrSrc <= 1'b0; 
            jump <= 1'b0; branch <= 1'b0; MemRead <=1'b0; 
            MemtoReg<= 1'b0; MemWrite<= 1'b0; ALUsrc1 <= 1'b0; 
            ALUsrc2 <= 1'b0; RegWrite <=1'b0;	
            HiWrite <= 1'b0; LoWrite <= 1'b0; HiSrc <= 1'b0;
            LoSrc <= 1'b0;	ZeroSrc <= 1'b0; Move<= 1'b0;	
            MoveSrc<=1'b0; bytes2load <= 2'd0; bytes2store<= 2'd0;
            ComparatorInputSelect <= 1'b0; ComparatorOutputSelect <= 1'b0;
            ZeroExtend <= 0;
            end
            
            endcase
        
        
        end
        
        //SEH and SEB
        6'b011111: begin
            case(i9)
                1'b1: begin 
                RegDst <= 2'd1;	link <= 1'd0; jrSrc <= 1'b0; 
                jump <= 1'b0; branch <= 1'b0; MemRead <=1'b0; 
                MemtoReg<= 1'b0; MemWrite<= 1'b0; ALUsrc1 <= 1'b0; 
                ALUsrc2 <= 1'b0; RegWrite <=1'b1;	
                HiWrite <= 1'b0; LoWrite <= 1'b0; HiSrc <= 1'bX;
                LoSrc <= 1'bX;	ZeroSrc <= 1'bX; Move<= 1'b0;	
                MoveSrc<=1'bX; bytes2load <= 2'd0; bytes2store<= 2'd0;
                ComparatorInputSelect <= 1'bX; ComparatorOutputSelect <= 1'bX;
                ZeroExtend <= 0;
                end
            
                1'b0: begin 
                RegDst <= 2'd1;	link <= 1'd0; jrSrc <= 1'b0; 
                jump <= 1'b0; branch <= 1'b0; MemRead <=1'b0; 
                MemtoReg<= 1'b0; MemWrite<= 1'b0; ALUsrc1 <= 1'b0; 
                ALUsrc2 <= 1'b0; RegWrite <=1'b1;	
                HiWrite <= 1'b0; LoWrite <= 1'b0; HiSrc <= 1'bX;
                LoSrc <= 1'bX;	ZeroSrc <= 1'bX; Move<= 1'b0;	
                MoveSrc<=1'bX; bytes2load <= 2'd0; bytes2store<= 2'd0;
                ComparatorInputSelect <= 1'bX; ComparatorOutputSelect <= 1'bX;
                ZeroExtend <= 0;
                end
            
                default: begin
                RegDst <= 2'd0;	link <= 1'd0; jrSrc <= 1'b0; 
                jump <= 1'b0; branch <= 1'b0; MemRead <=1'b0; 
                MemtoReg<= 1'b0; MemWrite<= 1'b0; ALUsrc1 <= 1'b0; 
                ALUsrc2 <= 1'b0; RegWrite <=1'b0;	
                HiWrite <= 1'b0; LoWrite <= 1'b0; HiSrc <= 1'b0;
                LoSrc <= 1'b0;	ZeroSrc <= 1'b0; Move<= 1'b0;	
                MoveSrc<=1'b0; bytes2load <= 2'd0; bytes2store<= 2'd0;
                ComparatorInputSelect <= 1'b0; ComparatorOutputSelect <= 1'b0;
                ZeroExtend <= 0;
                end
            
            endcase
        
        
        end
        
        default: begin
            RegDst <= 2'd0;	link <= 1'd0; jrSrc <= 1'b0; 
            jump <= 1'b0; branch <= 1'b0; MemRead <=1'b0; 
            MemtoReg<= 1'b0; MemWrite<= 1'b0; ALUsrc1 <= 1'b0; 
            ALUsrc2 <= 1'b0; RegWrite <=1'b0;	
            HiWrite <= 1'b0; LoWrite <= 1'b0; HiSrc <= 1'b0;
            LoSrc <= 1'b0;	ZeroSrc <= 1'b0; Move<= 1'b0;	
            MoveSrc<=1'b0; bytes2load <= 2'd0; bytes2store<= 2'd0;
            ComparatorInputSelect <= 1'b0; ComparatorOutputSelect <= 1'b0;
            ZeroExtend <= 0;
        end
        
    endcase 
    
    end
    
endmodule